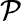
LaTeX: \mathcal{P}